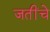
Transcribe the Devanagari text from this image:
जतींचे